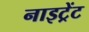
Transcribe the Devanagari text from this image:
नाइट्रेंट